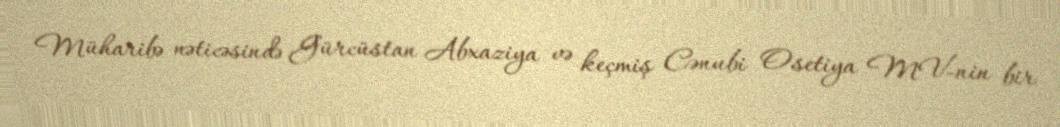
Müharibə nəticəsində Gürcüstan Abxaziya və keçmiş Cənubi Osetiya MV-nin bir